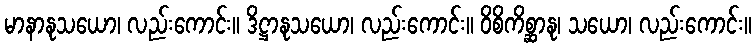
မာနာနုသယော၊ လည်းကောင်း။ ဒိဋ္ဌာနုသယော၊ လည်းကောင်း။ ဝိစိကိစ္ဆာနု၊ သယော၊ လည်းကောင်း။